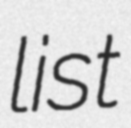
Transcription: list